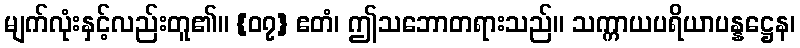
မျက်လုံးနှင့်လည်းတူ၏။ {၀၇} ဧတံ၊ ဤသဘောတရားသည်။ သက္ကာယပရိယာပန္နဋ္ဌေန၊